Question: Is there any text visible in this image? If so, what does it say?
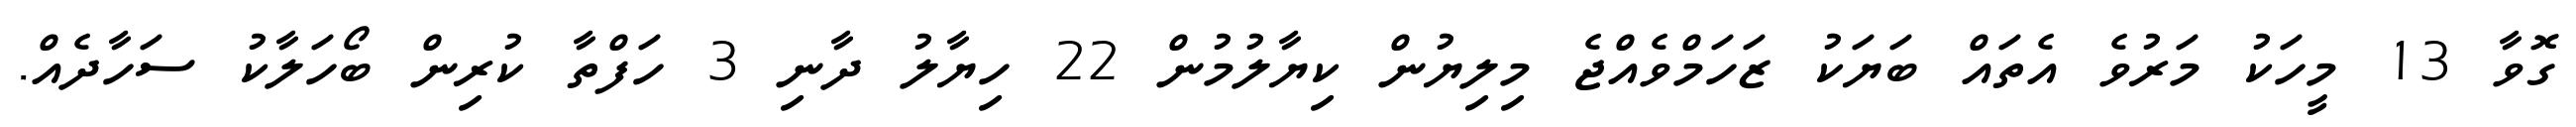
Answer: ގޮވާ 13 މީހަކު މަރުވެ އެތައް ބަޔަކު ޒަހަމްވެއްޖެ މިލިޔުން ކިޔާލުމުން 22 ހިޔާލު ދާނި 3 ހަފްތާ ކުރިން ބޯހަލާކު ސަހާދެއް.